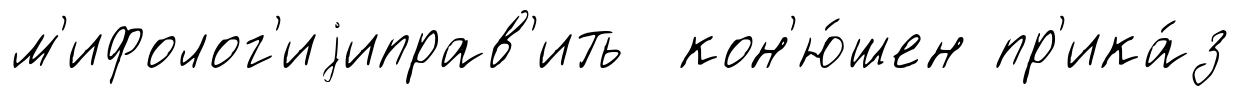
м'ифолог'иjиправ'ить кон'ю́шен пр'ика́з